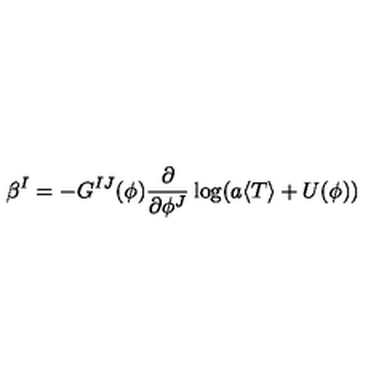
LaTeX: \beta ^ { I } = - G ^ { I J } ( \phi ) { \frac { \partial } { \partial \phi ^ { J } } } \log ( { a \langle T \rangle + U ( \phi ) } )